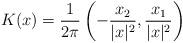
LaTeX: \begin{align*} K(x) =\frac{1}{2\pi} \left( -\frac{x_2}{|x|^2}, \frac{x_1}{|x|^2} \right) \end{align*}